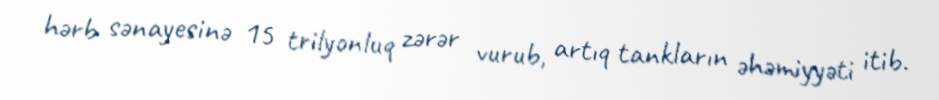
hərb sənayesinə 15 trilyonluq zərər vurub, artıq tankların əhəmiyyəti itib.